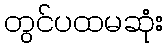
တွင်ပထမဆုံး